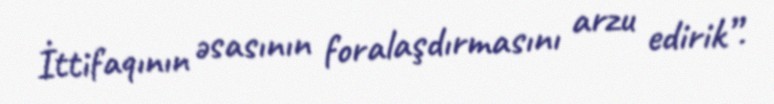
İttifaqının əsasının foralaşdırmasını arzu edirik”.